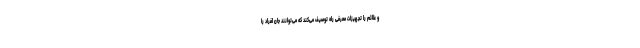
و علائم را تجهیزات معرفی راه توصیف می‌کند که می‌توانند جان افراد را